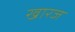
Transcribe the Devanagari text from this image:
खारज